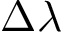
\Delta \lambda